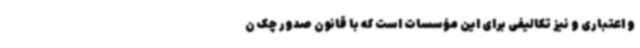
و اعتباری و نیز تکالیفی برای این مؤسسات است که با قانون صدور چک ن